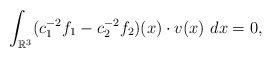
\begin{align*}\int_{\mathbb{R}^3}(c_1^{-2}f_1-c_2^{-2}f_2)(x)\cdot v(x)\ dx=0,\end{align*}